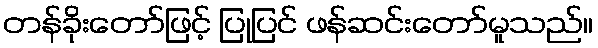
တန်ခိုးတော်ဖြင့် ပြုပြင် ဖန်ဆင်းတော်မူသည်။